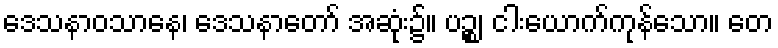
ဒေသနာဝသာနေ၊ ဒေသနာတော် အဆုံး၌။ ပဉ္စ၊ ငါးယောက်ကုန်သော။ တေ